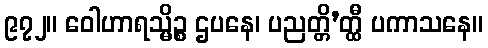
၉၇၂။ ဝေါဟာရသ္မိဉ္စ ဌပနေ၊ ပညတ္တိ’တ္ထီ ပကာသနေ။